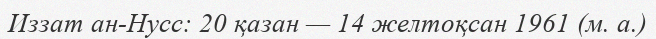
Иззат ан-Нусс: 20 қазан — 14 желтоқсан 1961 (м. а.)